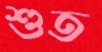
শুত